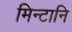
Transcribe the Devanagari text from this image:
मिन्टानि